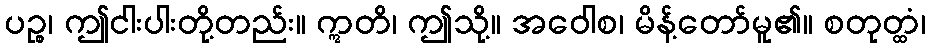
ပဉ္စ၊ ဤငါးပါးတို့တည်း။ ဣတိ၊ ဤသို့။ အဝေါစ၊ မိန့်တော်မူ၏။ စတုတ္ထံ၊